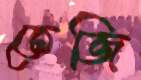
তেজি